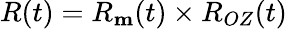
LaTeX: R(t)=R_{\mathbf m}(t)\times R_{OZ}(t)